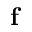
\mathbf { f }